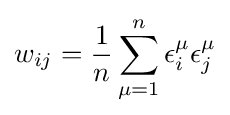
w_{ij}={\frac {1}{n}}\sum _{\mu =1}^{n}\epsilon _{i}^{\mu }\epsilon _{j}^{\mu }